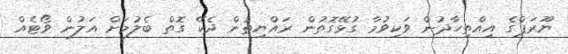
ޔޫރަޕްގެ އިއްތިހާދުން ވަކިވުމާ ގުޅޭގޮތުން ރައްޔިތުން ދެކޭ ގޮތް ބެލުމަށް އަލުން ވޯޓެއް